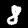
Label: 8